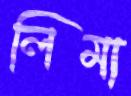
লিমা